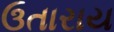
ઉતારાય